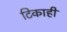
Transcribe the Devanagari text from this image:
टिकाही